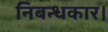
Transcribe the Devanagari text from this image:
निबन्धकार।